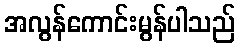
အလွန်ကောင်းမွန်ပါသည်